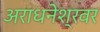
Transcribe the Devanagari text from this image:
अराधनेश्रवर